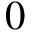
0